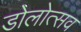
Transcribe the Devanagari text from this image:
डोलोत्सव